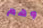
وهم